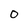
Character: O